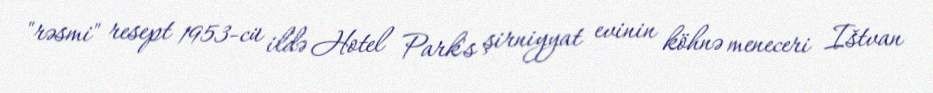
"rəsmi" resept 1953-cü ildə Hotel Park's şirniyyat evinin köhnə meneceri Ištvan